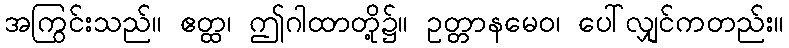
အကြွင်းသည်။ ဧတ္ထ၊ ဤဂါထာတို့၌။ ဥတ္တာနမေဝ၊ ပေါ်လျှင်ကတည်း။